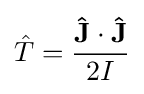
{\hat {T}}={\frac {\mathbf {\hat {J}} \cdot \mathbf {\hat {J}} }{2I}}\,\!